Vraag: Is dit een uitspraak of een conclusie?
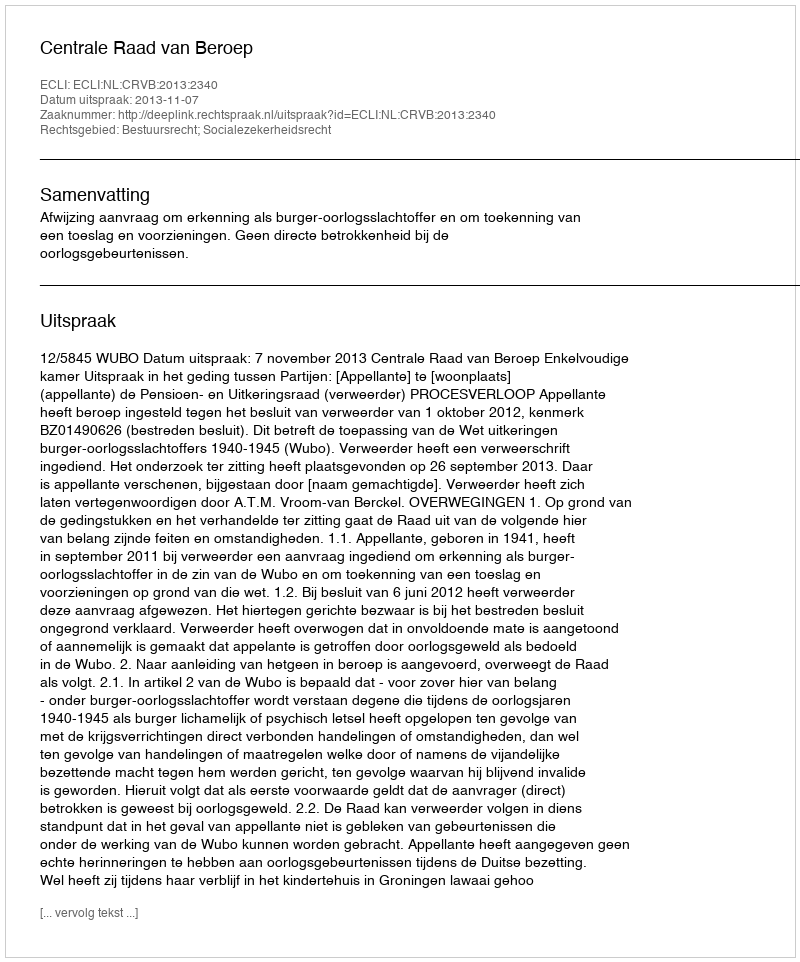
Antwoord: Uitspraak